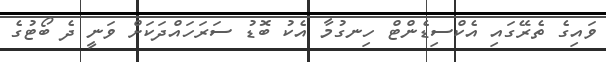
ވައިގެ ތެރޭގައި އެކްސިޑެންޓް ހިނގުމާ އެކު ބޮޑު ސަރަހައްދަކަށް ވަނީ ދެ ބޯޓުގެ